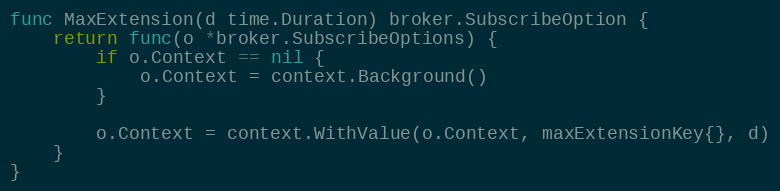
Language: Go
func MaxExtension(d time.Duration) broker.SubscribeOption {
	return func(o *broker.SubscribeOptions) {
		if o.Context == nil {
			o.Context = context.Background()
		}

		o.Context = context.WithValue(o.Context, maxExtensionKey{}, d)
	}
}